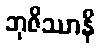
ဘုဇိဿာနိ